King Institute of Preventive Medicine Bacteriolog. Section reports 1907-08
Year: 1907
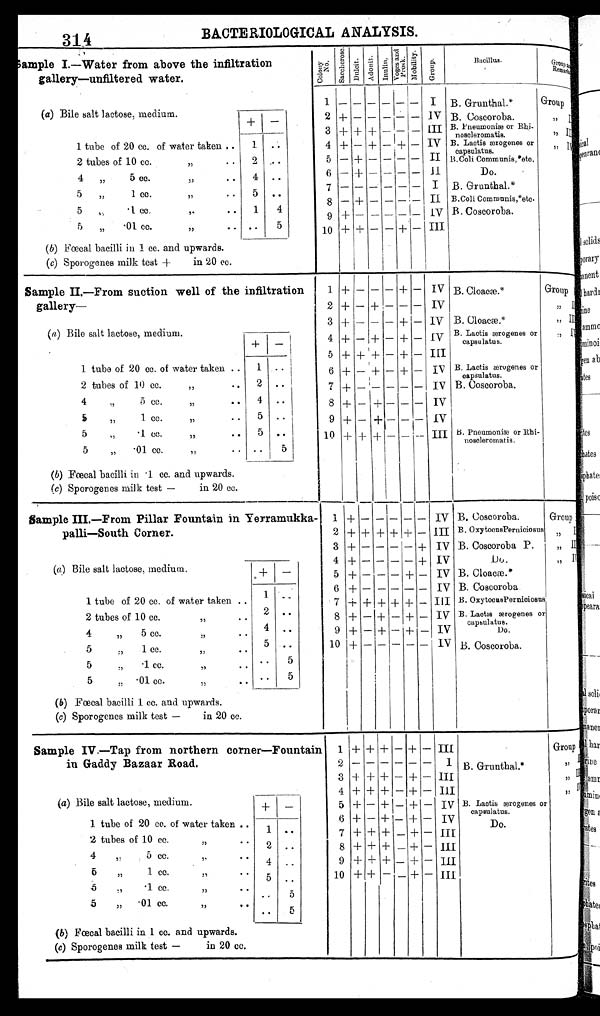
314
BACTERIOLOGICAL ANALYSIS.
S a m p l e I . — W a t e r f r o m a b o v e t h e
infiltration
gallery—unfiltered water.
Col ony No.
S a c c h e r o s e . Du l c i t . A d o n i t . I n u l i n .
V o g e s a n d P r o s k . M o b i l i t y .
G r o u p .
B a c i l l u s .
Gro u p a n d R e m a r k s .
1 - - - - - - I B. Grunthal.*
Gr oup I
(a) Bile salt lactose, medium.
+ -
2 + - - - - - IV B. Coscoroba.
, , I I
3 + + + - - -
I I I B. Pneumoniæ or Rhi-noscleromatis.
, , I I I
1 tube of 20 cc. of water taken ..
1 . .
4 + - + - + - IV B. Lactis ærogenes or
capsulatus.
, , I V
5
II
2 tubes of 10 cc.
,, .. 2
. .
- + - - - -
B.Coli Communis, * etc.
4
, , 5 cc.
,,
.. 4 ..
6 - + - - - -
I I
Do.
7 - - - - - - I B. Grunthal.*
5
, ,
. 1
c c .
,, ..
5
. .
8 - + - - - - II B.Coli Communis,*etc
.
5 ,,
. 1 c c
,, ..
1
4
5 „
.01cc.
,,
.. . .
5
9 + - - - - - IV B. Coscoroba.
10 + + - - + - III
(b) Fœcal bacilli in 1 cc. and upwards.
(c) Sporogenes milk test +
in 20 cc.
Sample II.—From suction well of the infiltration
gallery—
1 + - - - + - IV B. Cloacæ.*
Group I
2 + - + - - - IV
,, II
3 + - - - + - IV B. Cloacæ.*
,, I I I
(a) Bile salt lactose, medium
+ -
4 + - + - + - IV B. Lactis ærogenes or
capsulatus.
, , I V
5 + + + - + -
I I I
1 tube of 20 cc. of water taken
1
. .
6 + - + - + -
I V B. Lactis ærogenes or
capsulatus.
2 tubes of 10 cc.
,,
.. 2 . .
7 + - - - - - IV B. Coscoroba.
4
, ,
5 cc.
,,
.. 4 ..
8 + - + - - - IV
5
, ,
1 cc.
,,
.. 5 . .
9 + - + - - - IV
5
, , .1 cc.
,,
.. 5 . .
10 + + + - - - III B. Pneumoniæ or Rhi-noscleromatis.
5
„ .01 cc.
5
,, ..
. .
(b) Fœcal bacilli in .1 cc. and upwards.
(c) Sporogenes milk test — in 20 cc.
Sample III.—From Pillar Fountain in Yerramukka
-
palli—South Corner .
1 + -
-
- - -
I V
B. Coscoroba.
Group I
2 + + + + + - III B. Oxytocus Perniciosus ,, I I
3 + - - - - + IV B. Coscoroba P.
, , I I I
4 + - - - - + IV
Do.
, IV
+
(a) Bile salt lactose, medium.
-
5 + - - - + - IV B. Cloacæ.*
6 + - - - - - IV B. Coscoroba
1
1 tube of 20 cc. of water taken
. .
7 + + + + + - III B. Oxytocus Perniciosus
2
2 tubes of 10 cc.
,,
..
. .
8 + - + - + - IV B. Lactis ærogenes or
capsulatus.
4
, , 5 cc.
,,
.. 4 . .
9 + - + - + - IV
Do.
. .
10 + - - - - - IV B. Coscoroba.
5
„ 1 cc.
,,
..
5
5
, , .1 cc.
,, ..
.. 5
5 ,,
.01 cc
,,
.. . .
5
(b) Fœcal bacilli 1 cc. and upwards.
(c) Sporogenes milk test — in 20 cc.
Sample IV.—Tap from northern corner—Fountain
in Gaddy Bazaar Road
1 + + + - + - III
Group I
2 - - - - - -
I B. Grunthal.*
, , I I
III
, ,
I I I
3 + + + - + -
4 + + + - + - III
, , I V
(a) Bile salt lactose, medium.
+ -
5 + - + - + -
I V B. Lactis ærogenes or
capsulatus.
1 tube of 20 cc. of water taken
1
. .
6 +
- +
- + - IV
Do.
2
2 tubes of
1 0 c c
, . .
..
7 + + + - + - III
4 ,,
5 cc.
, , . . 4
. .
8 + + + - + -
I I I
5
1 cc.
, ,
, , . . 5
. .
9 + + + - + - III
5
, ,
. 1 c c .
, , . . . .
5
10 + + - - + - III
5
, ,
. 0 1 c c .
,,
. .
5
(b) Fœcal bacilli in 1 cc. and upwards.
(c) Sporogenes milk test — in 20 cc.